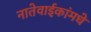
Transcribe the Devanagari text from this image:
नातेवाईकांमधे